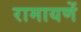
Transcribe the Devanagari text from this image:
रामायणें